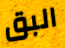
البق